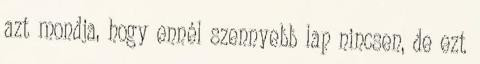
azt mondja, hogy ennél szennyebb lap nincsen, de ezt